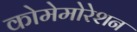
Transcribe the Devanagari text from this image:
कोमेमोरेशन